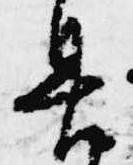
具